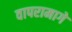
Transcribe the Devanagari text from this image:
वापरामागे